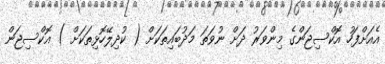
އެއަށްފަހު އޮކްސިޖަންގެ މިންވަރު ދަށް ނުވަތަ މަދުބައިތަކަށް ( ކުދިލޭހޮޅިތަކަށް ) އޮކްސިޖަން